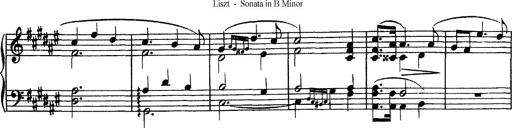
Title: Piano Sonata
Composer: Karl HÃ¤ssler
Key: C major